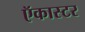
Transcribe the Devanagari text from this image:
ऍकास्टर